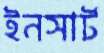
ইনসার্ট